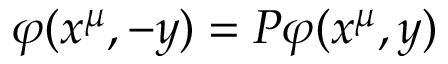
\varphi ( x ^ { \mu } , - y ) = { \cal P } \varphi ( x ^ { \mu } , y )